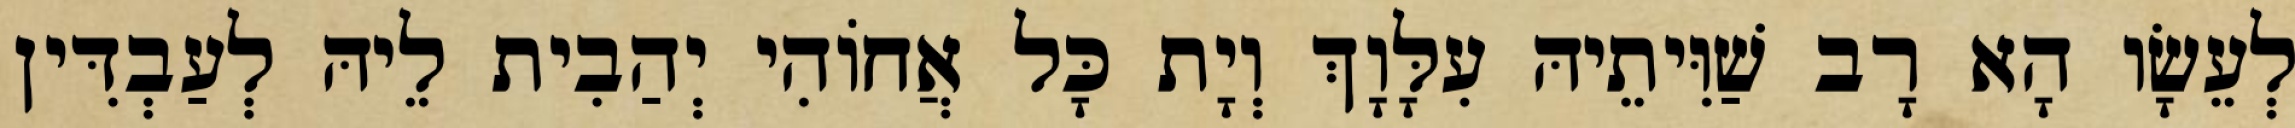
לְעֵשָׂו הָא רָב שַׁוִּיתֵיהּ עִלָּוָךְ וְיָת כָּל אֲחוֹהִי יְהַבִית לֵיהּ לְעַבְדִּין